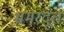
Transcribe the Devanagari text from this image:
भ्रमरदूत